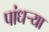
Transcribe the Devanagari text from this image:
पांधर्‍या